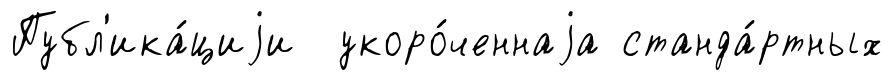
Публ'ика́циjи укоро́ченнаjа станда́ртных